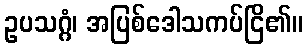
ဥပသဂ္ဂံ၊ အပြစ်ဒေါသကပ်ငြိ၏။